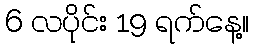
6 လပိုင်း 19 ရက်နေ့။